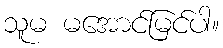
သူမ မအောင်မြင်ပါ။